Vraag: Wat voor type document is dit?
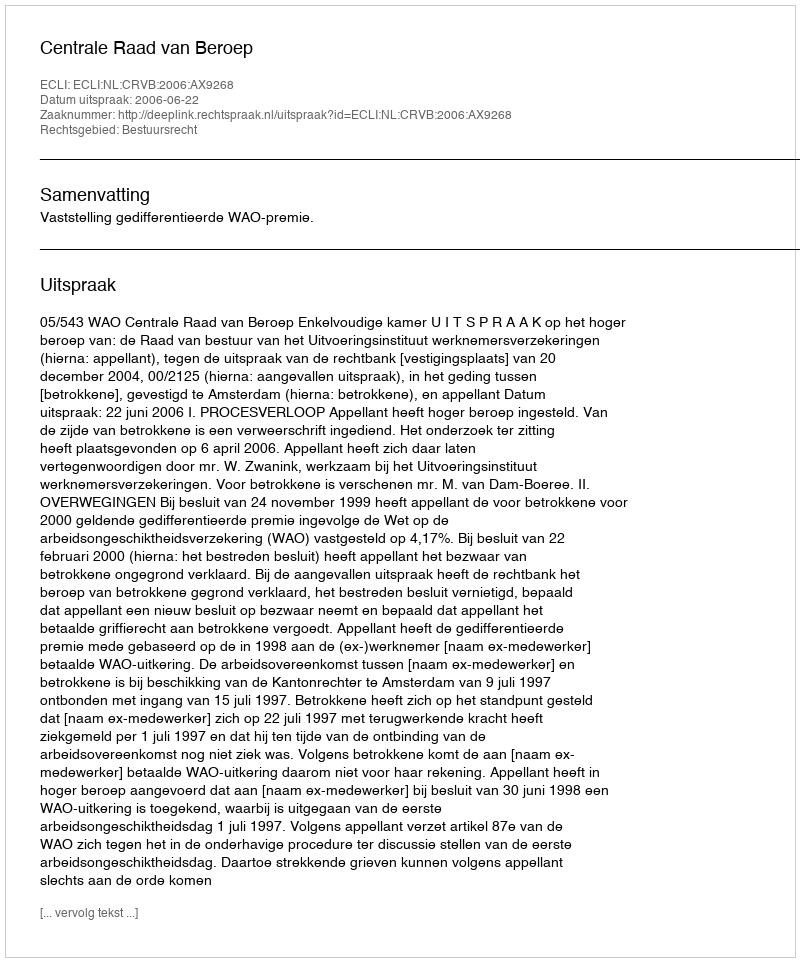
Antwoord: Uitspraak